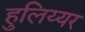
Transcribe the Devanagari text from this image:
हुलिय्यर